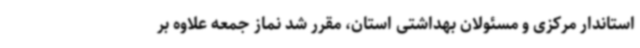
استاندار مرکزی و مسئولان بهداشتی استان، مقرر شد نماز جمعه علاوه بر